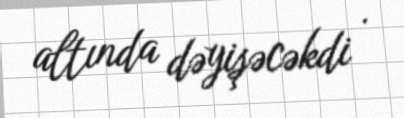
altında dəyişəcəkdi .